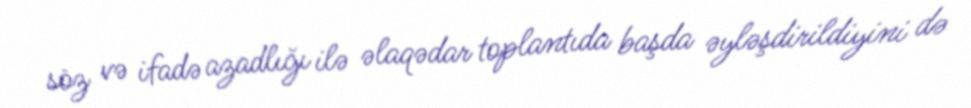
söz və ifadə azadlığı ilə əlaqədar toplantıda başda əyləşdirildiyini də